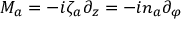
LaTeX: M _ { a } = - i \zeta _ { a } \partial _ { z } = - i n _ { a } \partial _ { \varphi }